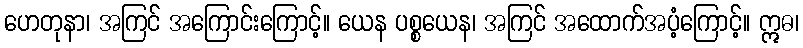
ဟေတုနာ၊ အကြင် အကြောင်းကြောင့်။ ယေန ပစ္စယေန၊ အကြင် အထောက်အပံ့ကြောင့်။ ဣဓ၊